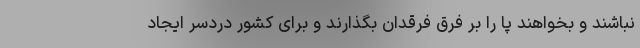
نباشند و بخواهند پا را بر فرق فرقدان بگذارند و برای کشور دردسر ایجاد